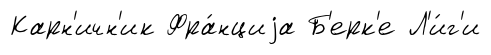
Карн'ичн'ик Фра́нциjа Б'ерк'е Л'и́г'и